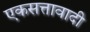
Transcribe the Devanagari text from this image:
एकसत्तावादी